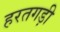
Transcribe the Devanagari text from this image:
हरतगड़ी